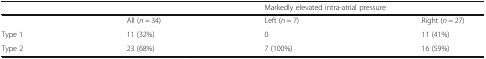
|  |  | <COLSPAN=2> Markedly elevated intra-atrial pressure |
 | --- | --- | --- | --- |
 |  | All (n = 34) | Left (n = 7) | Right (n = 27) |
 | Type 1 | 11 (32%) | 0 | 11 (41%) |
 | Type 2 | 23 (68%) | 7 (100%) | 16 (59%) |